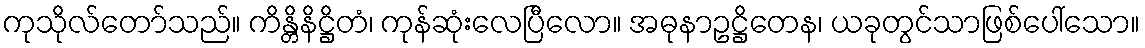
ကုသိုလ်တော်သည်။ ကိန္တိနိဋ္ဌိတံ၊ ကုန်ဆုံးလေပြီလော။ အဓုနာဥဋ္ဌိတေန၊ ယခုတွင်သာဖြစ်ပေါ်သော။